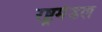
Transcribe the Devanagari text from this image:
रष्ट्रमंडल